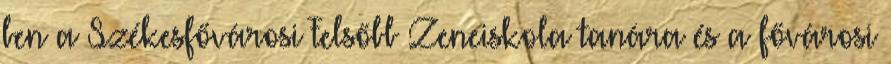
ben a Székesfővárosi Felsőbb Zeneiskola tanára és a fővárosi